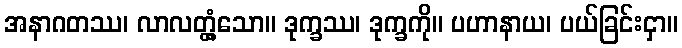
အနာဂတဿ၊ လာလတ္တံ့သော။ ဒုက္ခဿ၊ ဒုက္ခကို။ ပဟာနာယ၊ ပယ်ခြင်းငှာ။